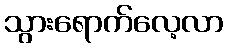
သွားရောက်လေ့လာ